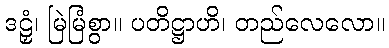
ဒဠှံ၊ မြဲမြံစွာ။ ပတိဋ္ဌာဟိ၊ တည်လေလော။